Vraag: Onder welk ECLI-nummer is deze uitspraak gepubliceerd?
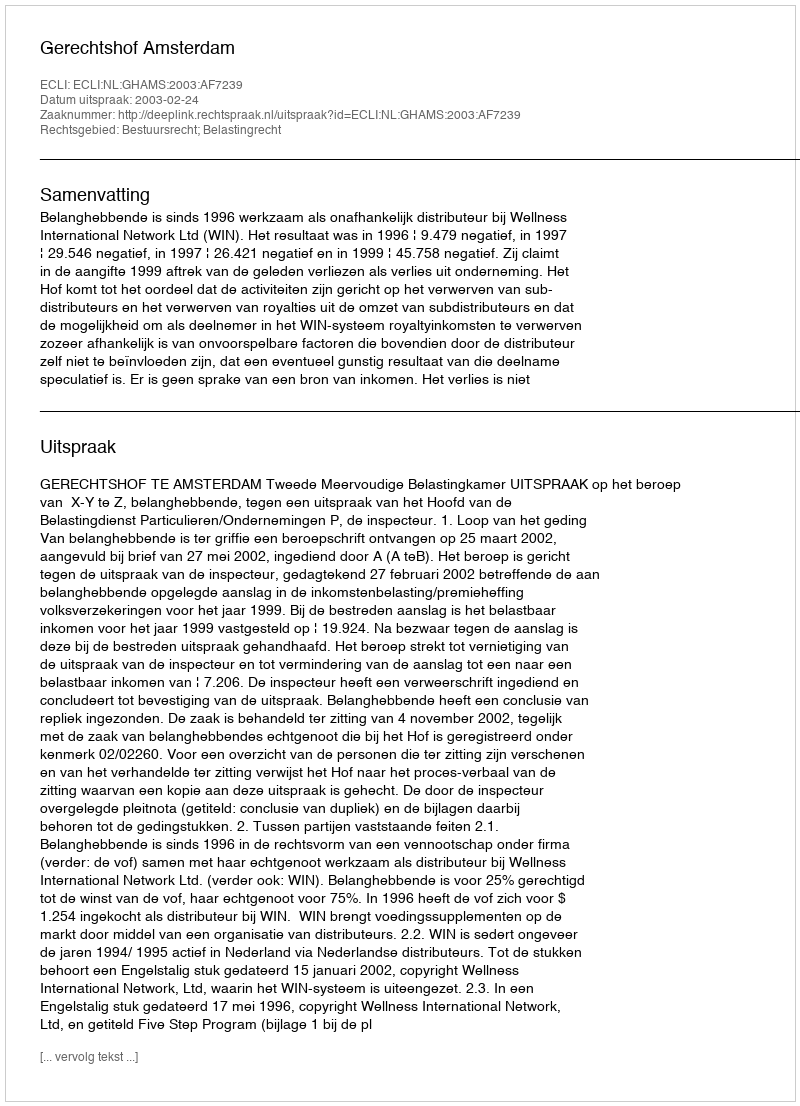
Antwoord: ECLI:NL:GHAMS:2003:AF7239